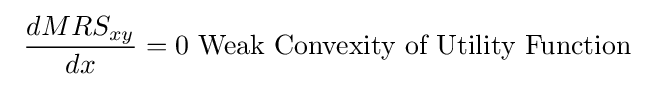
\ {\frac {dMRS_{xy}}{dx}}=0{\text{   Weak Convexity of Utility Function}}